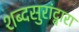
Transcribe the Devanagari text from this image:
शब्दसुरांद्वारा